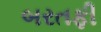
બરતફી